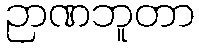
ဉာဏဘူတာ